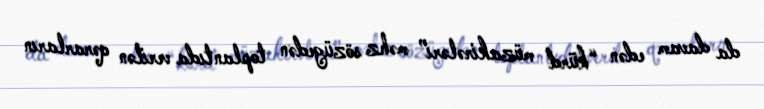
da davam edən “kürd müzakirələri” məhz sözügedən toplantıda verilən qərarların